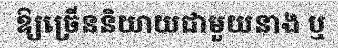
ឱ្យច្រើននិយាយជាមួយនាង ឬ